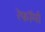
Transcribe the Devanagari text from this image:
रेफॉर्मा